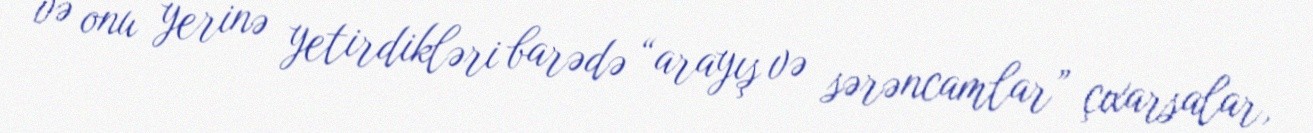
və onu yerinə yetirdikləri barədə “arayış və sərəncamlar” çıxarsalar,